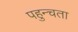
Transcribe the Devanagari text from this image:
पहुन्चता